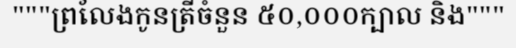
"""ព្រលែងកូនត្រីចំនួន ៥០,០០០ក្បាល និង"""